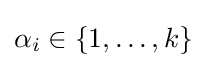
{\textstyle \alpha _{i}\in \{1,\dots ,k\}}